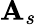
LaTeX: \mathbf{A}_{s}